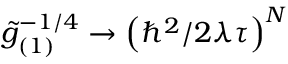
\tilde { g } _ { ( 1 ) } ^ { - 1 / 4 } \to \left( \hbar ^ { 2 } / 2 \lambda \tau \right) ^ { N }